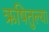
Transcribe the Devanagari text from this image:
ऋषितुल्या